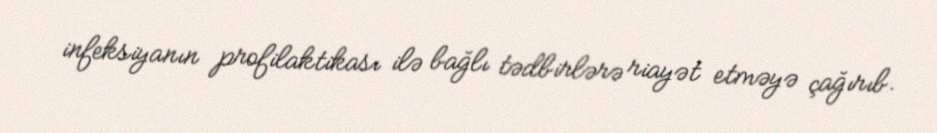
infeksiyanın profilaktikası ilə bağlı tədbirlərə riayət etməyə çağırıb.